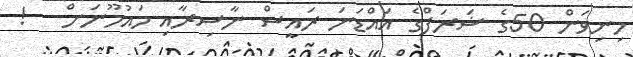
މިނިވަން 50ގެ ޝަރަފްގެ އައްޑަަނަ ރައީސް ނާސިރާއި މައުމޫނަށް   !